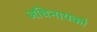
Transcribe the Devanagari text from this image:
अधिनायको